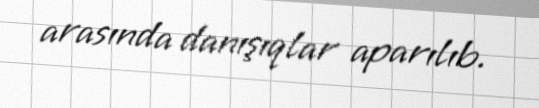
arasında danışıqlar aparılıb.